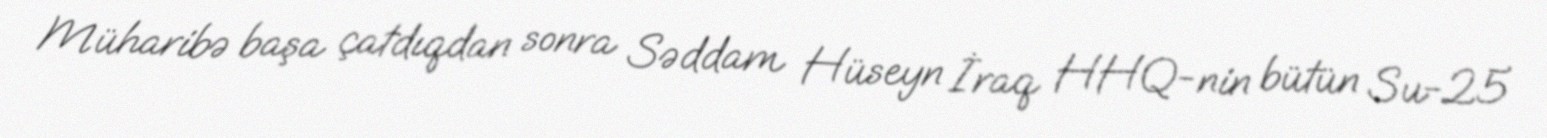
Müharibə başa çatdıqdan sonra Səddam Hüseyn İraq HHQ-nin bütün Su-25